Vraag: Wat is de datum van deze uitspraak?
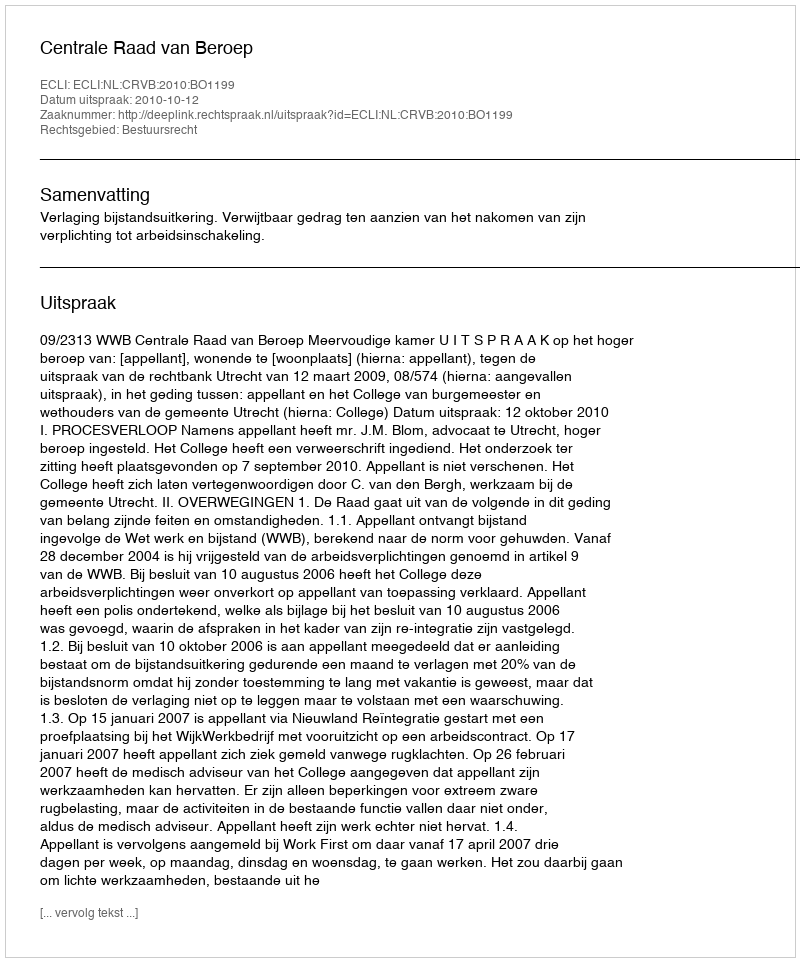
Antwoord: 2010-10-12